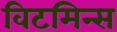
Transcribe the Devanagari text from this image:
विटमिन्स